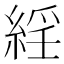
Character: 𦁍